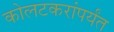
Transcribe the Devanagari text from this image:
कोलटकरांपर्यंत